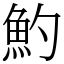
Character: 魡